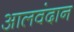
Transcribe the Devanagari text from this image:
आलवंदान